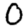
Digit: 0